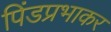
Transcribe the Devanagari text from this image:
पिंडप्रभाकर